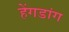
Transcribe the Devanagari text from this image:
हेंगडांग